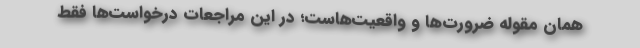
همان مقوله ضرورت‌ها و واقعیت‌هاست؛ در این مراجعات درخواست‌ها فقط